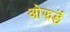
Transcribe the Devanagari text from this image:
ओझर्ङे